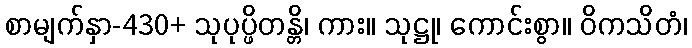
စာမျက်နှာ-430+ သုပုပ္ဖိတန္တိ၊ ကား။ သုဋ္ဌု၊ ကောင်းစွာ။ ဝိကသိတံ၊